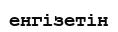
енгізетін